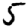
Digit: 5